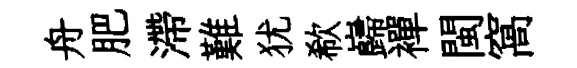
舟肥滯難犹欷巋襌閩窩